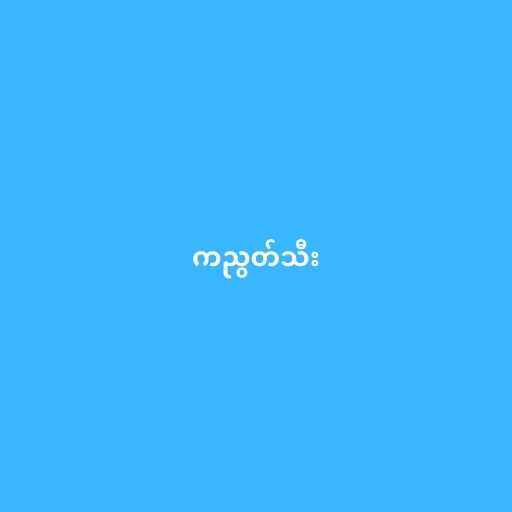
ကညွတ်သီး